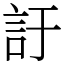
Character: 訏